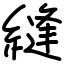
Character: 縫